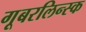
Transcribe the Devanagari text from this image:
गूबरलिन्स्क